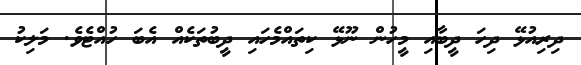
ދިރިއުޅޭ ދިހަ ދީބާއި މީހުން ނޫޅޭ ކިތައްމެހައި ދީބުތަކެއް އެބަ ހުއްޓެވެ. މަލިކު